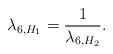
LaTeX: \begin{align*}\lambda_{6,H_1} = \frac1{\lambda_{6,H_2}}.\end{align*}